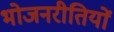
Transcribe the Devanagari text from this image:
भोजनरीतियों